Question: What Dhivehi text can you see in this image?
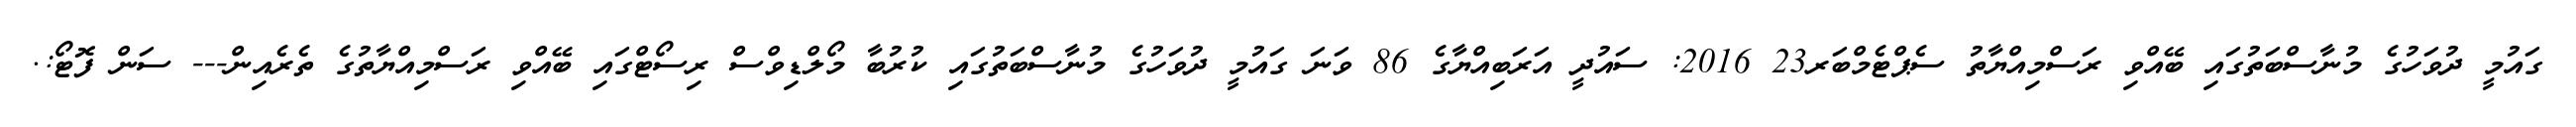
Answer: ގައުމީ ދުވަހުގެ މުނާސްބަތުގައި ބޭއްވި ރަސްމިއްޔާތު ސެޕްޓެމްބަރ23 2016: ސައުދީ އަރަބިއްޔާގެ 86 ވަނަ ގައުމީ ދުވަހުގެ މުނާސްބަތުގައި ކުރުބާ މޯލްޑިވްސް ރިސޯޓްގައި ބޭއްވި ރަސްމިއްޔާތުގެ ތެރެއިން--- ސަން ފޮޓޯ:.